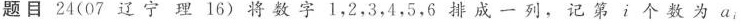
题目24(07辽宁理16)将数字1，2，3，4，5，6排成一列，记第i个数为a_{i}